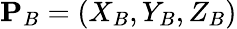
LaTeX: \mathbf{P}_{B}=\left(X_{B},Y_{B},Z_{B}\right)